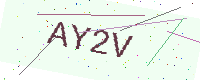
Text: AY2V